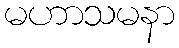
မဟာသမနာ